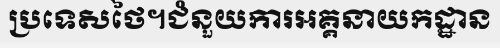
ប្រទេសថៃ។ជំនួយការអគ្គនាយកដ្ឋាន